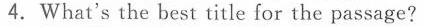
4.What's the best title for the passage?